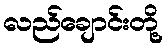
လည်ချောင်းတို့